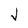
Character: V